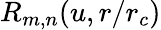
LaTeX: R_{m,n}(u,r/r_{c})